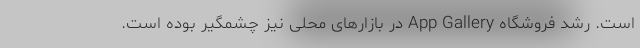
است. رشد فروشگاه App Gallery در بازارهای محلی نیز چشمگیر بوده است.